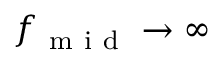
f _ { \mathrm { ~ m ~ i ~ d ~ } } \rightarrow \infty